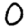
Digit: 0